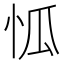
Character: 𱞌